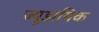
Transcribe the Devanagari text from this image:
ज्यूडायिक